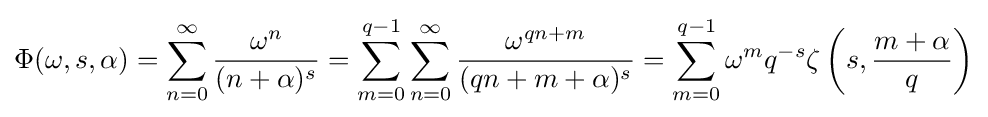
\Phi (\omega ,s,\alpha )=\sum _{n=0}^{\infty }{\frac {\omega ^{n}}{(n+\alpha )^{s}}}=\sum _{m=0}^{q-1}\sum _{n=0}^{\infty }{\frac {\omega ^{qn+m}}{(qn+m+\alpha )^{s}}}=\sum _{m=0}^{q-1}\omega ^{m}q^{-s}\zeta \left(s,{\frac {m+\alpha }{q}}\right)